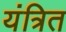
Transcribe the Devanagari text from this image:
यंत्रित